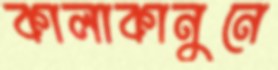
কালাকানুনে